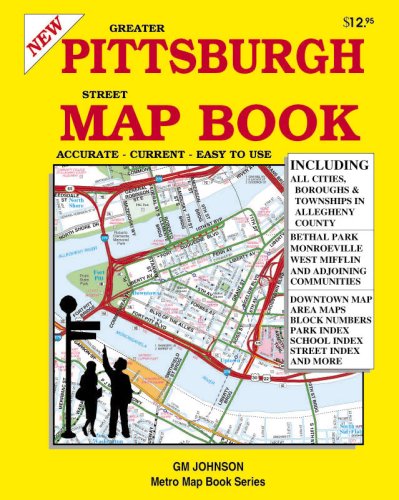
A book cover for Greater Pittsburgh & Allegheny County Street Map Book; GM Johnson Associates Ltd.; Travel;